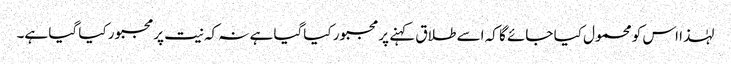
لہٰذا اس کو محمول کیا جائے گا کہ اسے طلاق کہنے پر مجبور کیاگیا ہے نہ کہ نیت پرمجبور کیا گیا ہے۔